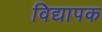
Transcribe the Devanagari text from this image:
विद्यापक